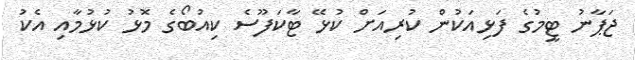
ޖަޕާނު ޓީމުގެ ފަޅިއަކުން ކުރިއަށް ކުޅޭ ޓާކަފޫސެ ކިއުބޯގެ މޮޅު ކުޅުމާއި އެކު